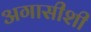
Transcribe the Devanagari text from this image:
अगासीशी